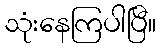
သုံးနေကြပါပြီ။